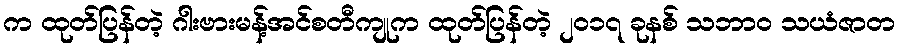
က ထုတ်ပြန်တဲ့ ဂါးဗားမန့်အင်စတီကျုက ထုတ်ပြန်တဲ့ ၂၀၁၇ ခုနစ် သဘာဝ သယံဇာတ